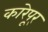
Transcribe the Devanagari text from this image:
कारेपूर्